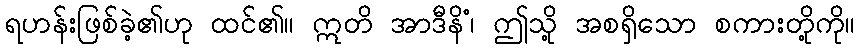
ရဟန်းဖြစ်ခဲ့၏ဟု ထင်၏။ ဣတိ အာဒီနိံ၊ ဤသို့ အစရှိသော စကားတို့ကို။